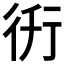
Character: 𧗤